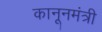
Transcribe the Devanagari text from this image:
कानूनमंत्री